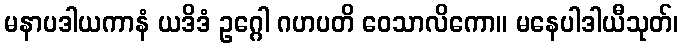
မနာပဒါယကာနံ ယဒိဒံ ဥဂ္ဂေါ ဂဟပတိ ဝေသာလိကော။ မနေပါဒါယီသုတ်၊